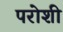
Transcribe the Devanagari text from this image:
परोशी